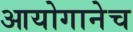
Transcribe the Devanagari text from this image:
आयोगानेच